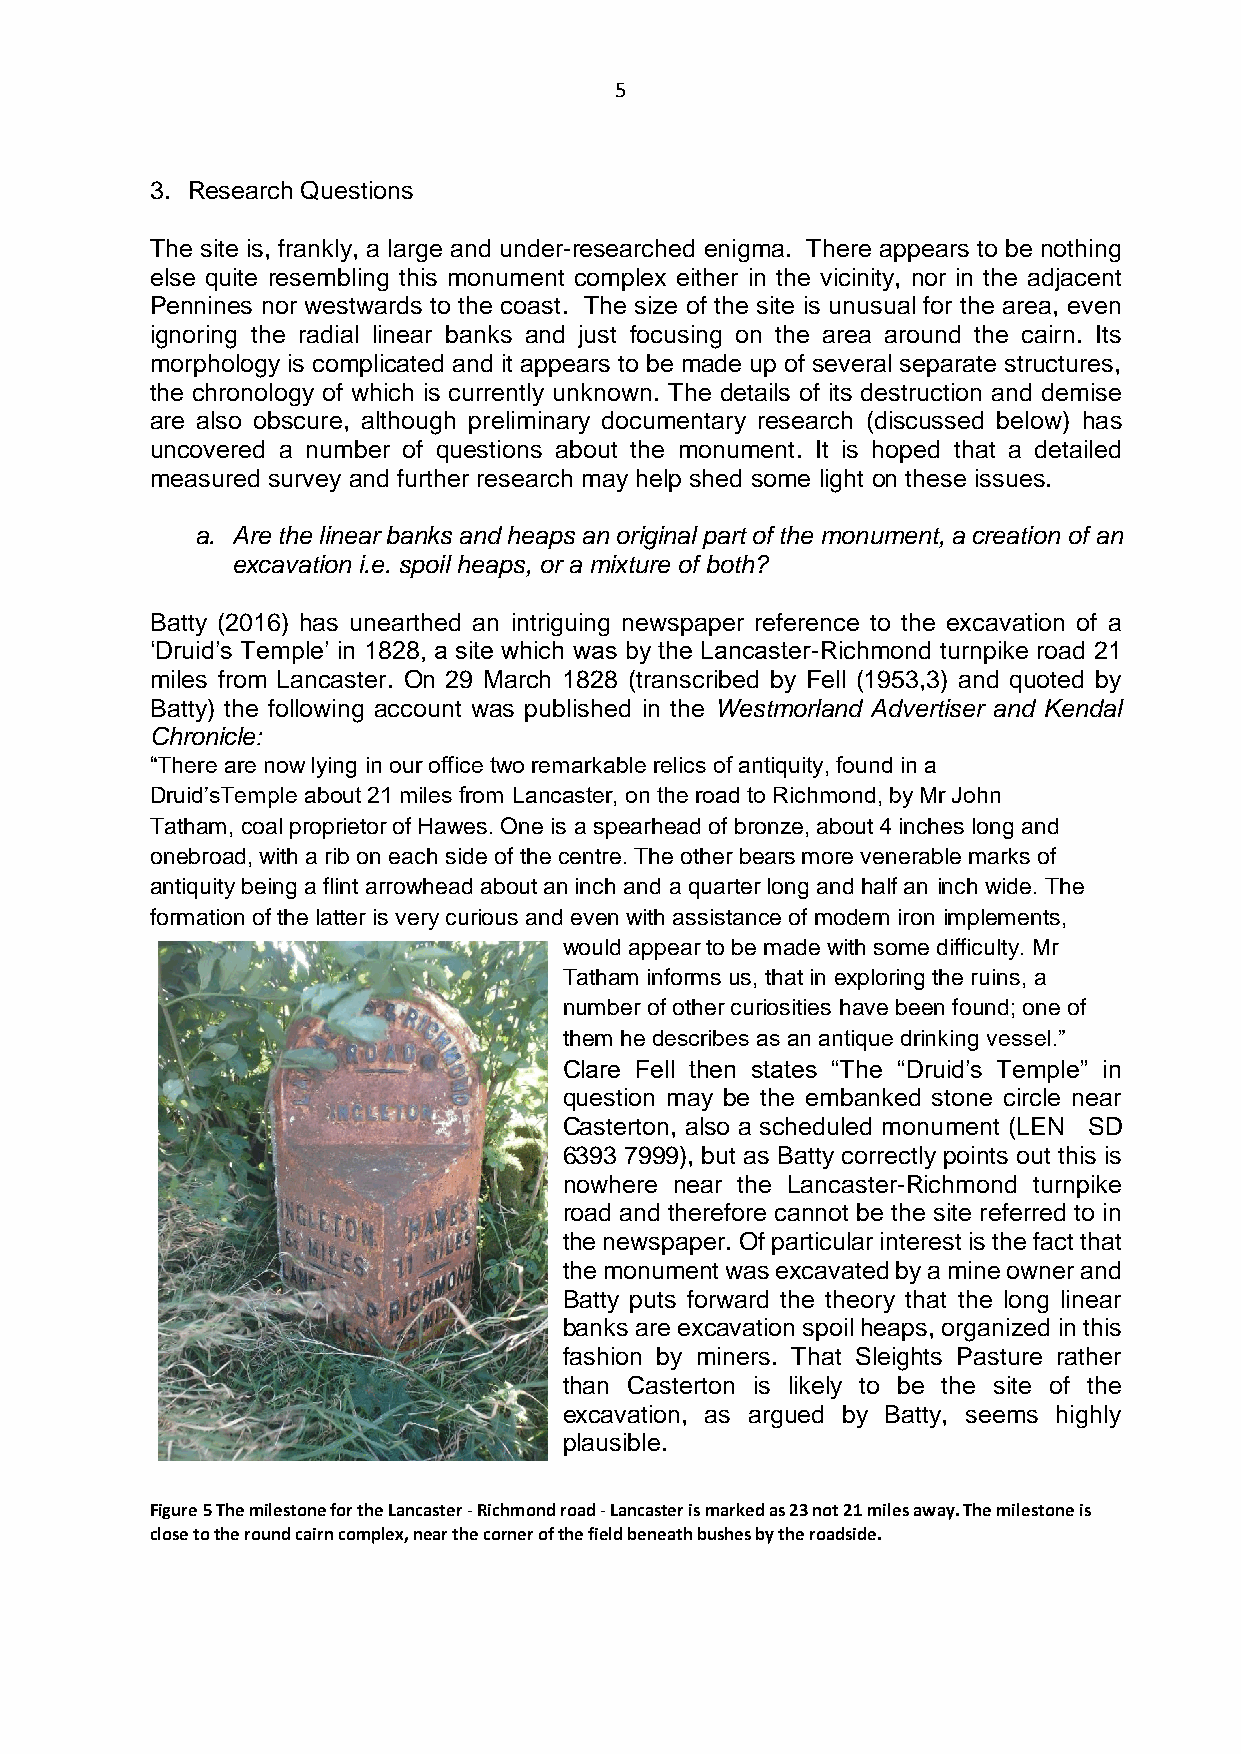
5
 3. Research Questions
 The site is, frankly, a large and under-researched enigma. There appears to be nothing
 else quite resembling this monument complex either in the vicinity, nor in the adjacent
 Pennines nor westwards to the coast. The size of the site is unusual for the area, even
 ignoring the radial linear banks and just focusing on the area around the cairn. Its
 morphology is complicated and it appears to be made up of several separate structures,
 the chronology of which is currently unknown. The details of its destruction and demise
 are also obscure, although preliminary documentary research (discussed below) has
 uncovered a number of questions about the monument. It is hoped that a detailed
 measured survey and further research may help shed some light on these issues.
 a. Are the linear banks and heaps an original part of the monument, a creation of an
 excavation i.e. spoil heaps, or a mixture of both?
 Batty (2016) has unearthed an intriguing newspaper reference to the excavation of a
 ‘Druid’s Temple’ in 1828, a site which was by the Lancaster-Richmond turnpike road 21
 miles from Lancaster. On 29 March 1828 (transcribed by Fell (1953,3) and quoted by
 Batty) the following account was published in the Westmorland Advertiser and Kendal
 Chronicle:
 “There are now lying in our office two remarkable relics of antiquity, found in a
 Druid’sTemple about 21 miles from Lancaster, on the road to Richmond, by Mr John
 Tatham, coal proprietor of Hawes. One is a spearhead of bronze, about 4 inches long and
 onebroad, with a rib on each side of the centre. The other bears more venerable marks of
 antiquity being a flint arrowhead about an inch and a quarter long and half an inch wide. The
 formation of the latter is very curious and even with assistance of modern iron implements,
 would appear to be made with some difficulty. Mr
 Tatham informs us, that in exploring the ruins, a
 number of other curiosities have been found; one of
 them he describes as an antique drinking vessel.”
 Clare Fell then states “The “Druid’s Temple” in
 question may be the embanked stone circle near
 Casterton, also a scheduled monument (LEN SD
 6393 7999), but as Batty correctly points out this is
 nowhere near the Lancaster-Richmond turnpike
 road and therefore cannot be the site referred to in
 the newspaper. Of particular interest is the fact that
 the monument was excavated by a mine owner and
 Batty puts forward the theory that the long linear
 banks are excavation spoil heaps, organized in this
 fashion by miners. That Sleights Pasture rather
 than Casterton is likely to be the site of the
 excavation, as argued by Batty, seems highly
 plausible.
 Figure 5 The milestone for the Lancaster - Richmond road - Lancaster is marked as 23 not 21 miles away. The milestone is
 close to the round cairn complex, near the corner of the field beneath bushes by the roadside.